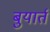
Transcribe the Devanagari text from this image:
बुयार्त